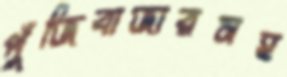
পুঁজিবাজারসহ